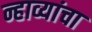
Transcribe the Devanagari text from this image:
न्हाव्यांचा